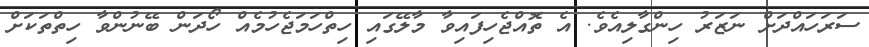
ސަރަހައްދަށް ނަޒަރު ހިންގާލިއެވެ. އެ ތޮއްޖެހިފައިވާ މާލޭގައި ހިތްހަމަޖެހުމެއް ހޯދަން ބޭނުންވާ ހިތްތަކަށް